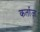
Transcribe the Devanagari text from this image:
कर्ताज़